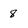
Character: 8